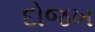
દોજખ